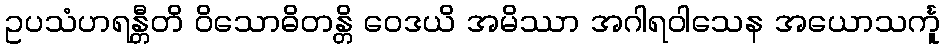
ဥပသံဟရန္တီတိ ဝိသောဓိတန္တိ ဝေဒယိ အမိဿာ အဂါရဝါသေန အယောသင်္ကူ